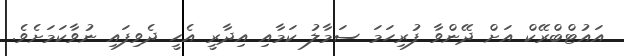
އައުޓްބްރޭކް އަށް ދޭންވާ ފުރިހަމަ ސަމާލު ކަމާއި އިދާރީ އެހީ ދެވިފައި ނުވާކަމަށެވެ.